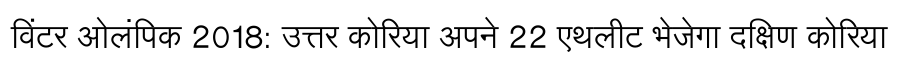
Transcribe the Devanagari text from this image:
विंटर ओलंपिक 2018: उत्तर कोरिया अपने 22 एथलीट भेजेगा दक्षिण कोरिया